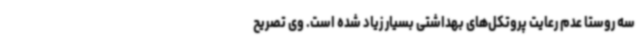
سه روستا عدم رعایت‌ پروتکل‌های بهداشتی بسیار زیاد شده است. وی تصریح